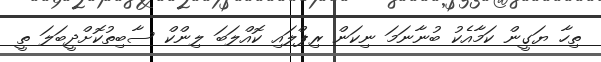
ތިހާ ޔަގީން ކަމާއެކު ބުނާނަމަ ނިކަން ރިޕްލައި ކޮއްލަބަ ލިންކް ސާބިތުކޮށްދީބަލަ ތީ